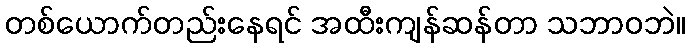
တစ်ယောက်တည်းနေရင် အထီးကျန်ဆန်တာ သဘာဝဘဲ။